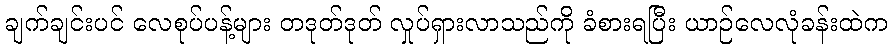
ချက်ချင်းပင် လေစုပ်ပန့်များ တဒုတ်ဒုတ် လှုပ်ရှားလာသည်ကို ခံစားရပြီး ယာဉ်လေလုံခန်းထဲက